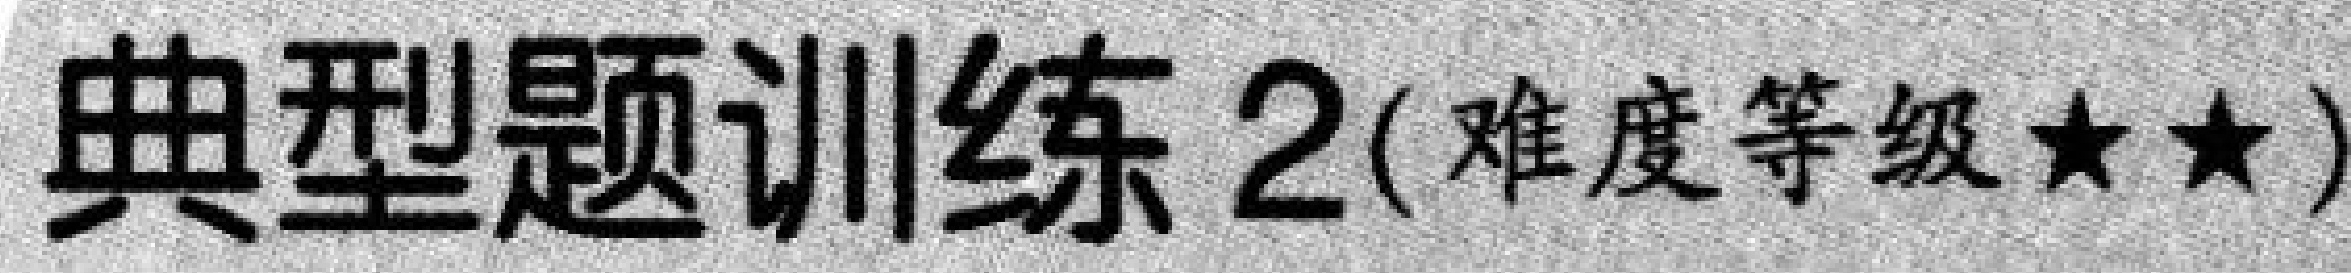
典型题训练 \(2\)（难度等级\(\star\star\)）